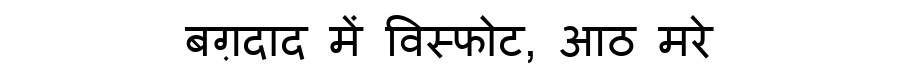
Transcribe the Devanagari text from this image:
बग़दाद में विस्फोट, आठ मरे